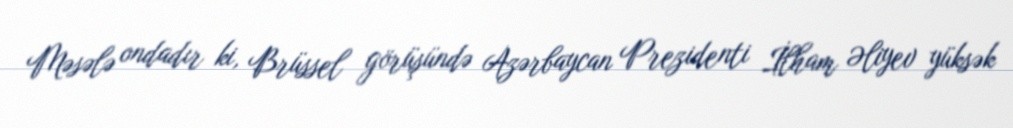
Məsələ ondadır ki, Brüssel görüşündə Azərbaycan Prezidenti İlham Əliyev yüksək